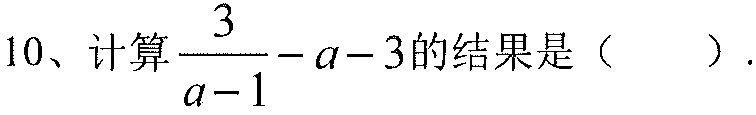
10、计算$\dfrac{3}{a - 1} - a - 3$的结果是（  ）.